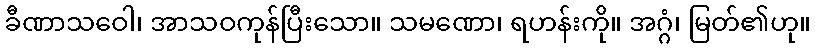
ခီဏာသဝေါ၊ အာသဝကုန်ပြီးသော။ သမဏော၊ ရဟန်းကို။ အဂ္ဂံ၊ မြတ်၏ဟု။